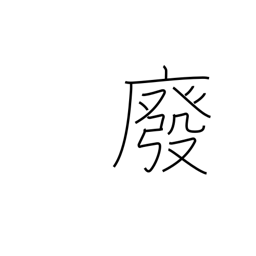
Meaning: abrogate